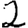
Digit: 2